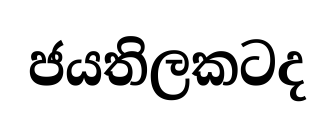
ජයතිලකටද